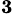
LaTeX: \boldsymbol{^3}